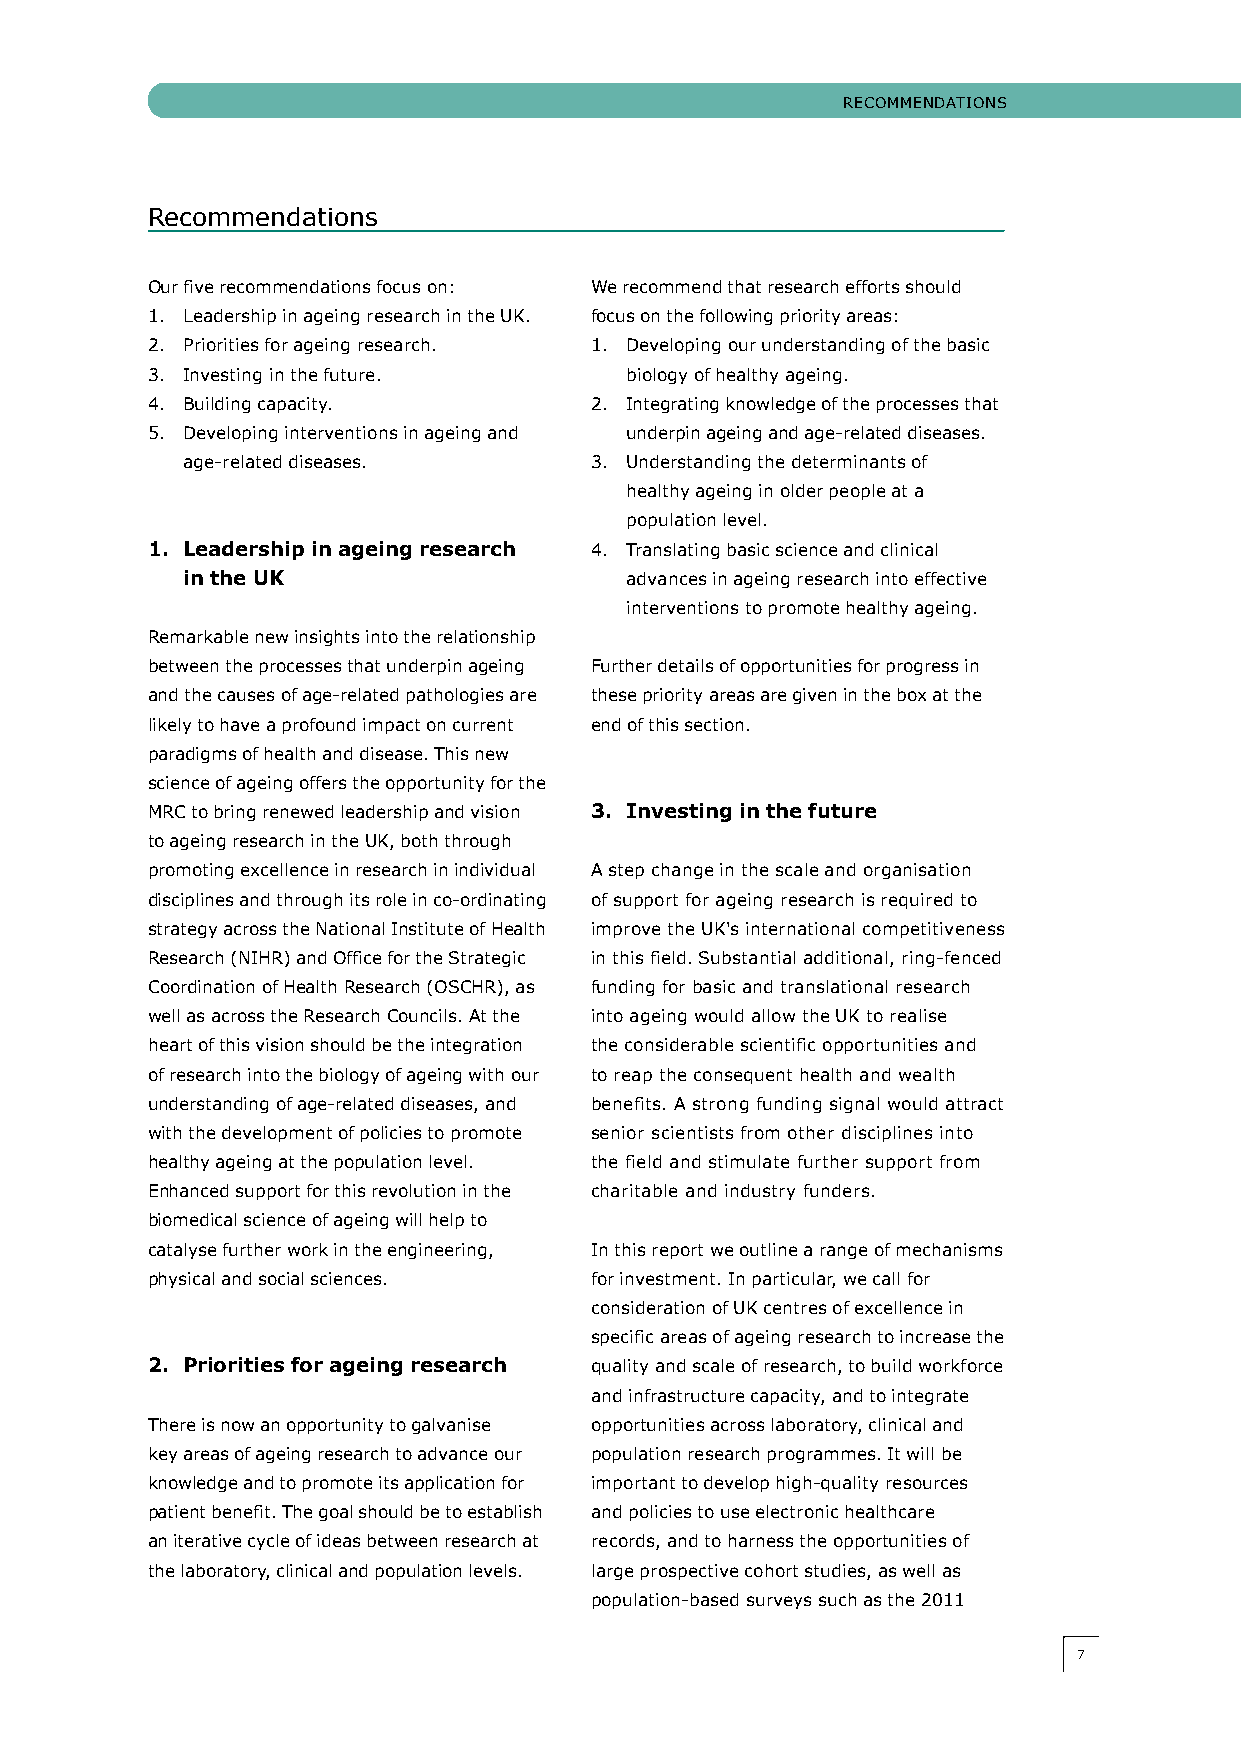
RecOMMeNDATIONS
 Recommendations
 Our five recommendations focus on: We recommend that research efforts should
 1. Leadership in ageing research in the UK. focus on the following priority areas:
 2. Priorities for ageing research. 1. Developing our understanding of the basic
 3. Investing in the future.    biology of healthy ageing.
 4. Building capacity.        2. Integrating knowledge of the processes that
 5. Developing interventions in ageing and underpin ageing and age-related diseases.
 age-related diseases.      3. Understanding the determinants of
 healthy ageing in older people at a
 population level.
 1. Leadership in ageing research 4. Translating basic science and clinical
 in the UK                    advances in ageing research into effective
 interventions to promote healthy ageing.
 Remarkable new insights into the relationship
 between the processes that underpin ageing Further details of opportunities for progress in
 and the causes of age-related pathologies are these priority areas are given in the box at the
 likely to have a profound impact on current end of this section.
 paradigms of health and disease. This new
 science of ageing offers the opportunity for the
 MRc to bring renewed leadership and vision 3. Investing in the future
 to ageing research in the UK, both through
 promoting excellence in research in individual A step change in the scale and organisation
 disciplines and through its role in co-ordinating of support for ageing research is required to
 strategy across the National Institute of health improve the UK's international competitiveness
 Research (NIhR) and Office for the Strategic in this field. Substantial additional, ring-fenced
 coordination of health Research (OSchR), as funding for basic and translational research
 well as across the Research councils. At the into ageing would allow the UK to realise
 heart of this vision should be the integration the considerable scientific opportunities and
 of research into the biology of ageing with our to reap the consequent health and wealth
 understanding of age-related diseases, and benefits. A strong funding signal would attract
 with the development of policies to promote senior scientists from other disciplines into
 healthy ageing at the population level. the field and stimulate further support from
 enhanced support for this revolution in the charitable and industry funders.
 biomedical science of ageing will help to
 catalyse further work in the engineering, In this report we outline a range of mechanisms
 physical and social sciences. for investment. In particular, we call for
 consideration of UK centres of excellence in
 specific areas of ageing research to increase the
 2. Priorities for ageing research quality and scale of research, to build workforce
 and infrastructure capacity, and to integrate
 There is now an opportunity to galvanise opportunities across laboratory, clinical and
 key areas of ageing research to advance our population research programmes. It will be
 knowledge and to promote its application for important to develop high-quality resources
 patient benefit. The goal should be to establish and policies to use electronic healthcare
 an iterative cycle of ideas between research at records, and to harness the opportunities of
 the laboratory, clinical and population levels. large prospective cohort studies, as well as
 population-based surveys such as the 2011
 77